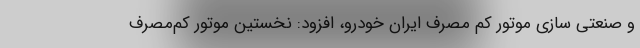
و صنعتی‌ سازی موتور کم‌ مصرف ایران‌ خودرو، افزود: نخستین موتور کم‌مصرف